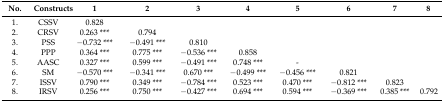
<table><thead><tr><td><b>No.</b></td><td><b>Constructs</b></td><td><b>1</b></td><td><b>2</b></td><td><b>3</b></td><td><b>4</b></td><td><b>5</b></td><td><b>6</b></td><td><b>7</b></td><td><b>8</b></td></tr></thead><tbody><tr><td>1.</td><td>CSSV</td><td>0.828</td><td></td><td></td><td></td><td></td><td></td><td></td><td></td></tr><tr><td>2.</td><td>CRSV</td><td>0.263 ***</td><td>0.794</td><td></td><td></td><td></td><td></td><td></td><td></td></tr><tr><td>3.</td><td>PSS</td><td>−0.732 ***</td><td>−0.491 ***</td><td>0.810</td><td></td><td></td><td></td><td></td><td></td></tr><tr><td>4.</td><td>PPP</td><td>0.364 ***</td><td>0.775 ***</td><td>−0.536 ***</td><td>0.858</td><td></td><td></td><td></td><td></td></tr><tr><td>5.</td><td>AASC</td><td>0.327 ***</td><td>0.599 ***</td><td>−0.491 ***</td><td>0.748 ***</td><td>-</td><td></td><td></td><td></td></tr><tr><td>6.</td><td>SM</td><td>−0.570 ***</td><td>−0.341 ***</td><td>0.670 ***</td><td>−0.499 ***</td><td>−0.456 ***</td><td>0.821</td><td></td><td></td></tr><tr><td>7.</td><td>ISSV</td><td>0.790 ***</td><td>0.349 ***</td><td>−0.784 ***</td><td>0.523 ***</td><td>0.470 ***</td><td>−0.812 ***</td><td>0.823</td><td></td></tr><tr><td>8.</td><td>IRSV</td><td>0.256 ***</td><td>0.750 ***</td><td>−0.427 ***</td><td>0.694 ***</td><td>0.594 ***</td><td>−0.369 ***</td><td>0.385 ***</td><td>0.792</td></tr></tbody></table>